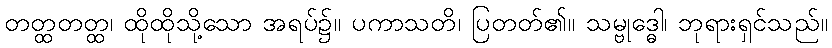
တတ္ထတတ္ထ၊ ထိုထိုသို့သော အရပ်၌။ ပကာသတိ၊ ပြတတ်၏။ သမ္ဗုဒ္ဓေါ၊ ဘုရားရှင်သည်။